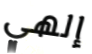
إلهي